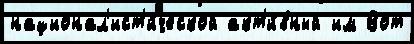
национал'ист'и́ческой акт'и́вный им Вот